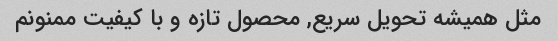
مثل همیشه تحویل سریع, محصول تازه و با کیفیت ممنونم